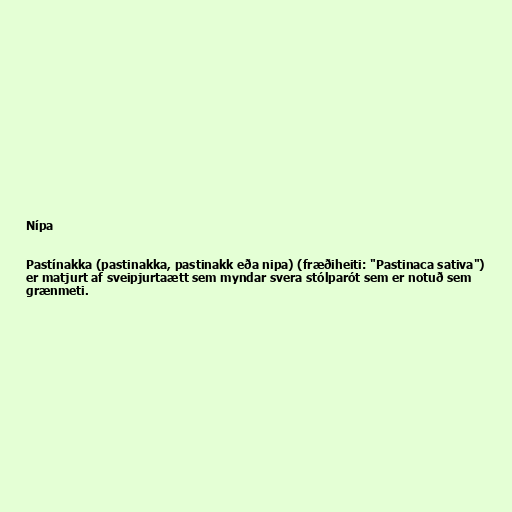
Nípa

Pastínakka (pastinakka, pastinakk eða nipa) (fræðiheiti: "Pastinaca sativa")
er matjurt af sveipjurtaætt sem myndar svera stólparót sem er notuð sem
grænmeti.